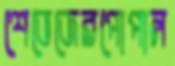
শেভেজেরপোপাল